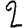
Digit: 2